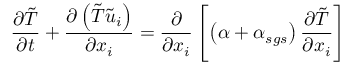
\frac { \partial \tilde { T } } { \partial t } + \frac { \partial \left( \tilde { T } \tilde { u } _ { i } \right) } { \partial x _ { i } } = \frac { \partial } { \partial x _ { i } } \left[ \left( \alpha + \alpha _ { s g s } \right) \frac { \partial \tilde { T } } { \partial x _ { i } } \right]